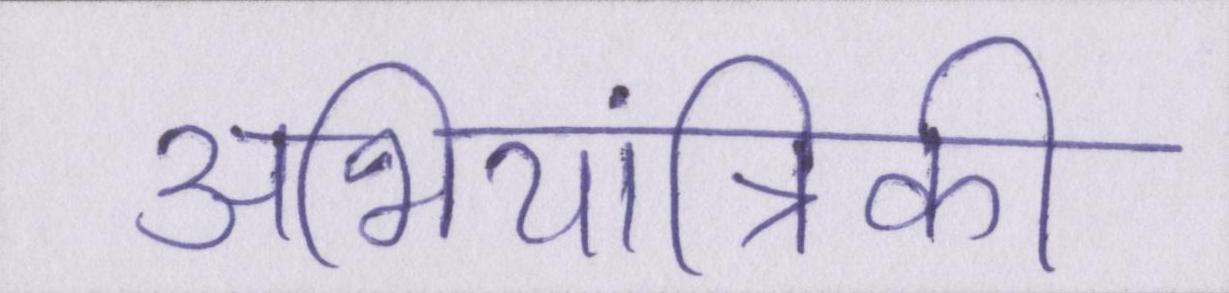
अभियांत्रिकी